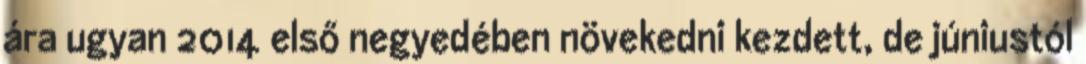
ára ugyan 2014 első negyedében növekedni kezdett, de júniustól